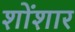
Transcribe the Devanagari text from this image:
शोंशार